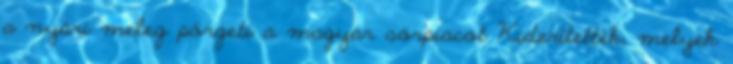
a nyári meleg pörgeti a magyar sörpiacot Kiderítették, melyek